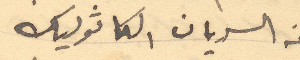
من السريان الكاثوليك